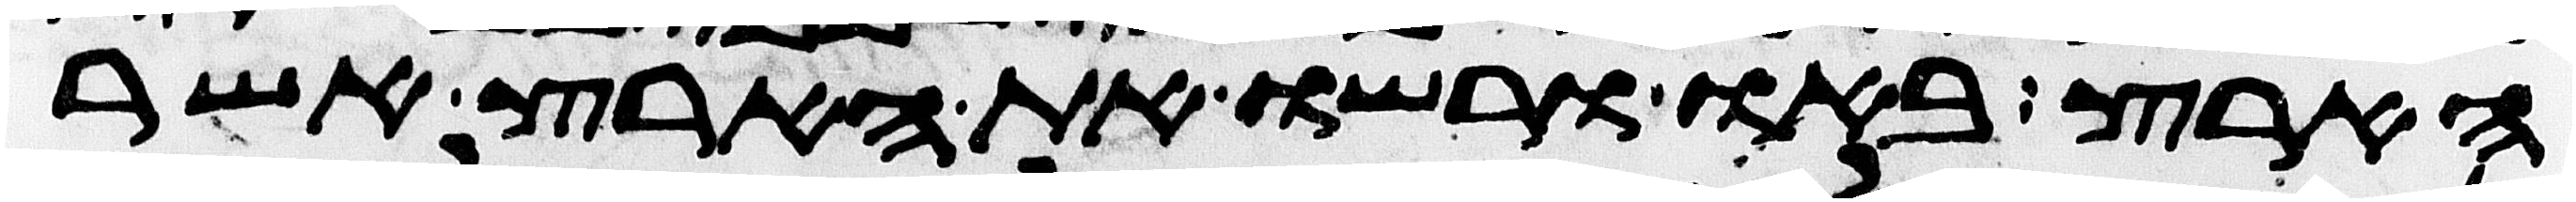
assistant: הארץ באו ורשו את הארץ אשר